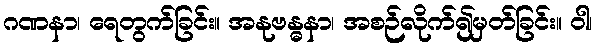
ဂဏနာ၊ ရေတွက်ခြင်း။ အနုဗန္ဓနာ၊ အစဉ်လိုက်၍မှတ်ခြင်း။ ဝါ၊